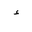
Letter: _hamza